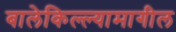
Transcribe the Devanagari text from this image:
बालेकिल्ल्यामागील